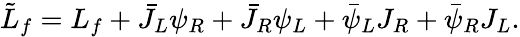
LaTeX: \tilde{L}_{f}=L_{f}+\bar{J}_{L}\psi_{R}+\bar{J}_{R}\psi_{L}+\bar{\psi}_{L}J_{R}+\bar{\psi}_{R}J_{L}.